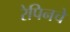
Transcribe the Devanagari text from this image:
रेपिनचे